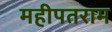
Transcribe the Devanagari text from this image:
महीपतराम